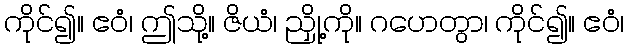
ကိုင်၍။ ဧဝံ၊ ဤသို့။ ဇိယံ၊ ညှို့ကို။ ဂဟေတွာ၊ ကိုင်၍။ ဧဝံ၊